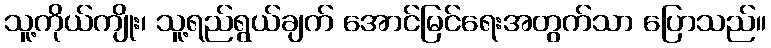
သူ့ကိုယ်ကျိုး၊ သူ့ရည်ရွယ်ချက် အောင်မြင်ရေးအတွက်သာ ပြောသည်။